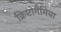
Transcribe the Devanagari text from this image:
क्रिप्टोगैमिया